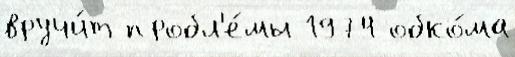
вручи́т пробл'е́мы 1974 обко́ма